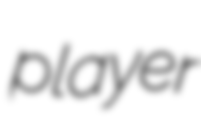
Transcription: player